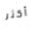
أكثر